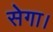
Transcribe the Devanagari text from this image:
सेगा।